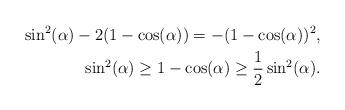
LaTeX: \begin{align*}\sin^2(\alpha)-2(1-\cos(\alpha))=-(1-\cos(\alpha))^2, \\ \sin^2(\alpha) \ge 1-\cos(\alpha) \ge \frac{1}{2} \sin^2(\alpha).\end{align*}